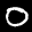
Label: 0